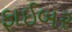
ફાઈબર